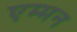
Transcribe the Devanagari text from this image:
एम्मन